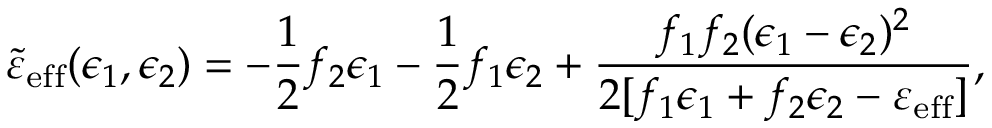
\widetilde { \varepsilon } _ { \mathrm { e f f } } ( \epsilon _ { 1 } , \epsilon _ { 2 } ) = - \frac { 1 } { 2 } f _ { 2 } \epsilon _ { 1 } - \frac { 1 } { 2 } f _ { 1 } \epsilon _ { 2 } + \frac { f _ { 1 } f _ { 2 } ( \epsilon _ { 1 } - \epsilon _ { 2 } ) ^ { 2 } } { 2 [ f _ { 1 } \epsilon _ { 1 } + f _ { 2 } \epsilon _ { 2 } - \varepsilon _ { \mathrm { e f f } } ] } ,